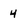
Character: 4